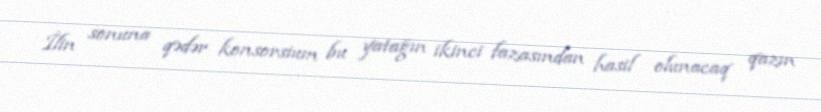
İlin sonuna qədər konsorsium bu yatağın ikinci fazasından hasil olunacaq qazın